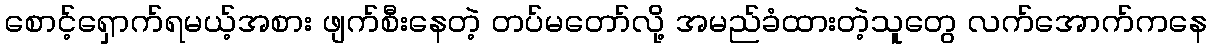
စောင့်ရှောက်ရမယ့်အစား ဖျက်စီးနေတဲ့ တပ်မတော်လို့ အမည်ခံထားတဲ့သူတွေ လက်အောက်ကနေ